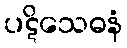
ပဋိသေဓနံ